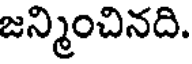
జన్మించినది.